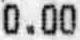
0.00